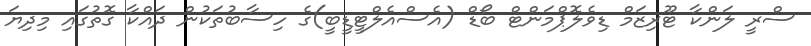
ސްރީ ލަންކާ ޓޫރިޒަމް ޑިވެލޮޕްމަންޓް ބޯޑް (އެސްއެލްޓީޑީބީ)ގެ ހިސާބުތަކުން ދައްކާ ގޮތުގައި މިދިޔަ